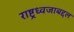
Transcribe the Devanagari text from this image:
राष्ट्रध्वजाबद्दल